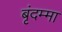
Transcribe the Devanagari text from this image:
बृंदम्मा